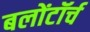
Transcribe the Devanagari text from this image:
बलोंटॉर्च